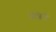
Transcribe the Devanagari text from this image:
आल्बेर्टो